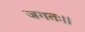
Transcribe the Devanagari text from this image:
जगतः।।